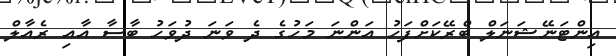
އިންޓަނޭޝަނަލް ބްރޭކަށްފަހު އަންނަ މަހުގެ ދެ ވަނަ ދުވަހު ބާސާ އާއި ރެއާލް